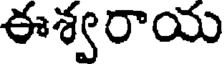
ఈశ్వరాయ